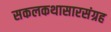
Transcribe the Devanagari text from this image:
सकलकथासारसंग्रह